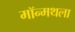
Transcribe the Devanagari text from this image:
मॉन्मथला